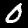
Digit: 0